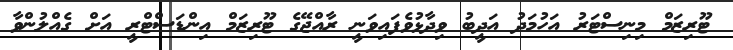
ޓޫރިޒަމް މިނިސްޓަރު އަހުމަދު އަދީބު ވިދާޅުވެފައިވަނީ ރާއްޖޭގެ ޓޫރިޒަމް އިންޑަސްޓްރީ އަށް ގެއްލުންވާ